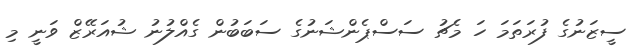
ސީޒަނުގެ ފުރަތަމަ ހަ މެޗު ސަސްޕެންޝަނުގެ ސަބަބުން ގެއްލުނު ޝުއަރޭޒް ވަނީ މި